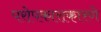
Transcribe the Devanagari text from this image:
परोपकाराकारणे